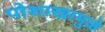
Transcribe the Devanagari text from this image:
पोशाखामुळे